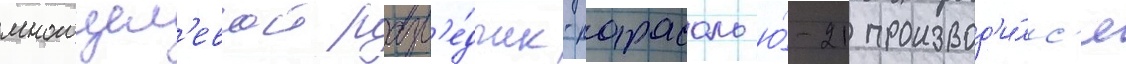
многоцел'евои разв'е́дчик-парасоль ю́-21 производ'и́лс'я